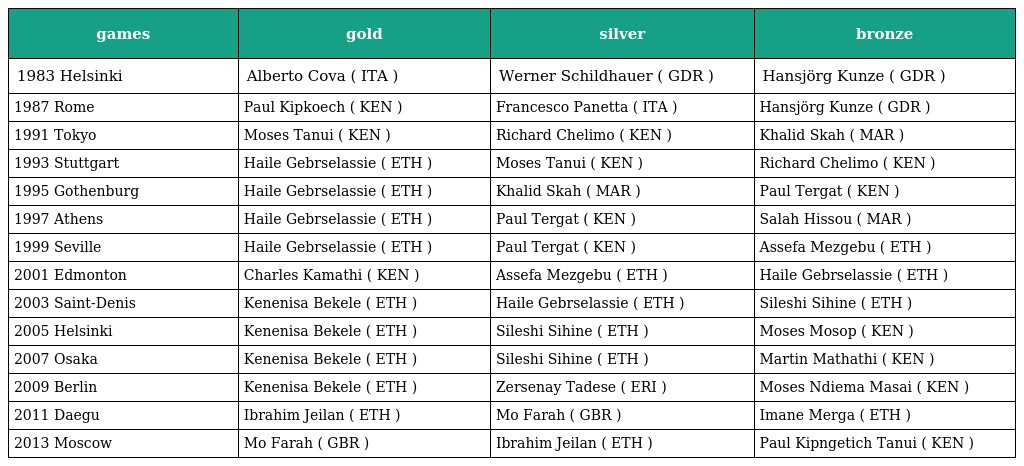
| games | gold | silver | bronze |
 | --- | --- | --- | --- |
 | 1983 Helsinki | Alberto Cova ( ITA ) | Werner Schildhauer ( GDR ) | Hansjörg Kunze ( GDR ) |
 | 1987 Rome | Paul Kipkoech ( KEN ) | Francesco Panetta ( ITA ) | Hansjörg Kunze ( GDR ) |
 | 1991 Tokyo | Moses Tanui ( KEN ) | Richard Chelimo ( KEN ) | Khalid Skah ( MAR ) |
 | 1993 Stuttgart | Haile Gebrselassie ( ETH ) | Moses Tanui ( KEN ) | Richard Chelimo ( KEN ) |
 | 1995 Gothenburg | Haile Gebrselassie ( ETH ) | Khalid Skah ( MAR ) | Paul Tergat ( KEN ) |
 | 1997 Athens | Haile Gebrselassie ( ETH ) | Paul Tergat ( KEN ) | Salah Hissou ( MAR ) |
 | 1999 Seville | Haile Gebrselassie ( ETH ) | Paul Tergat ( KEN ) | Assefa Mezgebu ( ETH ) |
 | 2001 Edmonton | Charles Kamathi ( KEN ) | Assefa Mezgebu ( ETH ) | Haile Gebrselassie ( ETH ) |
 | 2003 Saint-Denis | Kenenisa Bekele ( ETH ) | Haile Gebrselassie ( ETH ) | Sileshi Sihine ( ETH ) |
 | 2005 Helsinki | Kenenisa Bekele ( ETH ) | Sileshi Sihine ( ETH ) | Moses Mosop ( KEN ) |
 | 2007 Osaka | Kenenisa Bekele ( ETH ) | Sileshi Sihine ( ETH ) | Martin Mathathi ( KEN ) |
 | 2009 Berlin | Kenenisa Bekele ( ETH ) | Zersenay Tadese ( ERI ) | Moses Ndiema Masai ( KEN ) |
 | 2011 Daegu | Ibrahim Jeilan ( ETH ) | Mo Farah ( GBR ) | Imane Merga ( ETH ) |
 | 2013 Moscow | Mo Farah ( GBR ) | Ibrahim Jeilan ( ETH ) | Paul Kipngetich Tanui ( KEN ) |